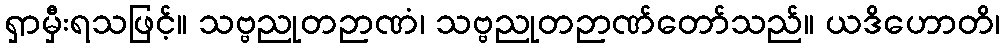
ရှာမှီးရသဖြင့်။ သဗ္ဗညုတဉာဏံ၊ သဗ္ဗညုတဉာဏ်တော်သည်။ ယဒိဟောတိ၊